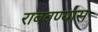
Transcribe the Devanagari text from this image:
राबवण्यास